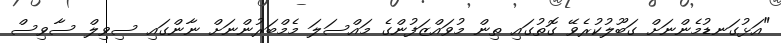
"އަޅުގަނޑުމެންނަށް ގަބޫލުކުރެވޭ ގޮތުގައި ތިން މުވައްޒަފުންގެ މައްސަލަ މެމްބަރުންނަށް ނާންގައި ސިވިލް ސާވިސް